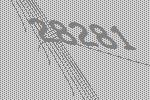
28281